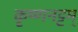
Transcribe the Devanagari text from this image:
कृष्णनट्टम्